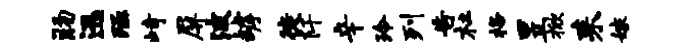
肠迅殛峙屏波罅徙阡辛玲列告杜格昱掀耒嫁